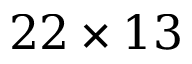
2 2 \times 1 3